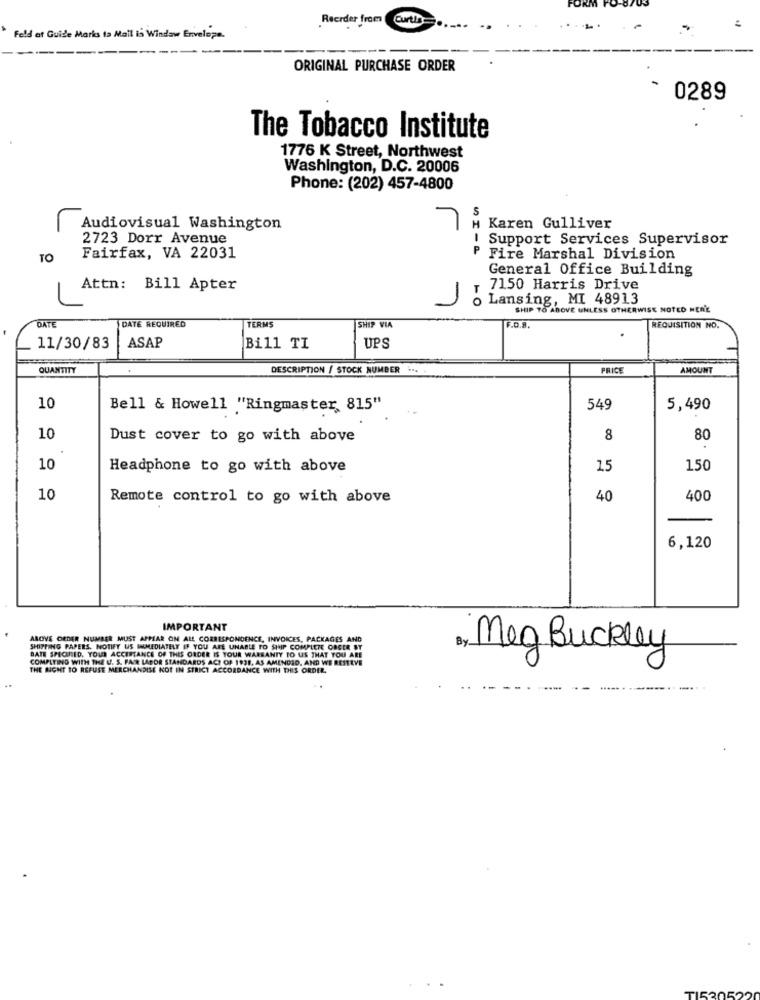
Recrder from
Curtin
Feld of Guide Marks ta Mail is Window Envelope.
----
ORIGINAL PURCHASE ORDER
0289
The Tobacco Institute
1776 K Street, Northwest
Washington, D.C. 20006
Phone: (202) 457-4800
S
L
Audiovisual Washington
H Karen Gulliver
2723 Dorr Avenue
Support Services Supervisor
TO
Fairfax, VA 22031
P Fire Marshal Division
General Office Building
Attn: Bill Apter
- 7150 Harris Drive
o Lansing, MI 48913
SHIP TO ABOVE UNLESS OTHERWISE NOTED HER'E
DATE
DATE REQUIRED
TERMS
SHIP VIA
F.0.8.
REQUISITION NO.
ASAP
11/30/83
Bill TI
UPS
QUANTITY
DESCRIPTION / STOCK NUMBER ...
RICE
AMOUNT
10
Bell & Howell "Ringmaster, 815"
549
5,490
10
Dust cover to go with above
8
80
10
Headphone to go with above
15
150
10
Remote control to go with above
40
400
6,120
IMPORTANT
ALOVE CEDER NUMBER MUST APPEAR ON ALL CORRESPONDENCE, INVOICES, PACKAGES AND
SHIPPING PAPERS. NOTIFY US IMMEDIATELY IF YOU ARE UNABLE TO SHIP COMPLETE ORCER BY
Meg Buckley
BATE SPECIFID. YOUR ACCESTANCE OF THIS ORDER IS YOUR WARRANTY TO US THAT YOU ARE
COMPLYING WITH THE U. S. FAIR LABOR STANDARDS ACT OF 1938, AS AMENDED, AND WE RESERVE
THE NIGHT TO REFUSE MERCHANDISE NOT IN STRICT ACCORDANCE WITH THIS ORDER,